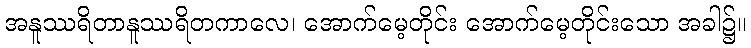
အနူဿရိတာနူဿရိတကာလေ၊ အောက်မေ့တိုင်း အောက်မေ့တိုင်းသော အခါ၌။